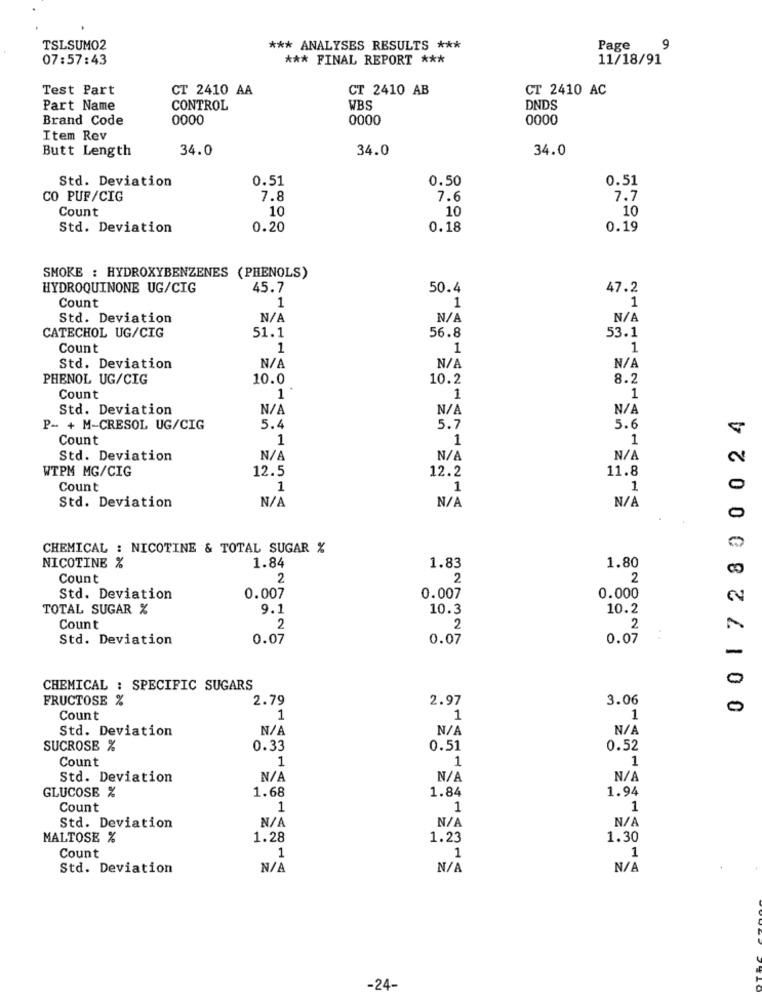
TSLSUMO2
*** ANALYSES RESULTS ***
Page
9
07:57:43
*** FINAL REPORT ***
11/18/91
Test Part
CT 2410 AA
CT 2410 AB
CT 2410 AC
Part Name
CONTROL
WBS
DNDS
Brand Code
0000
0000
0000
Item Rev
Butt Length
34.0
34.0
34.0
Std. Deviation
0.51
0.50
0.51
CO PUF/CIG
7.8
7.6
7.7
Count
10
10
10
Std. Deviation
0.20
0.18
0.19
SMOKE : HYDROXYBENZENES (PHENOLS)
HYDROQUINONE UG/CIG
45.7
50.4
47.2
Count
1
1
1
Std. Deviation
CATECHOL UG/CIG
51.1
56.8
53.1
Count
1
1
1
Std. Deviation
N/
PHENOL UG/CIG
10.0
10.2
8.2
Count
1
1
1
Std. Deviation
N/
0 0172800024
P- + M-CRESOL UG/CIG
5.4
5.7
5.6
Count
1
1
1
Std. Deviation
WTPM MG/CIG
12.5
12.2
11.8
Count
1
1
1
Std. Deviation
0
CHEMICAL : NICOTINE & TOTAL SUGAR %
NICOTINE %
1.84
1.83
1.80
Count
2
2
2
Std. Deviation
0.007
0.007
0.000
TOTAL SUGAR %
9.1
10.3
10.2
Count
2
2
2
Std. Deviation
0.07
0.07
0.07
..
0
CHEMICAL : SPECIFIC SUGARS
FRUCTOSE %
2.79
2.97
3.06
0
Count
1
1
1
Std. Deviation
SUCROSE %
0.33
0.51
0.52
Count
1
1
1
Std. Deviation
1.84
1.94
GLUCOSE %
1.68
Count
1
1
1
Std. Deviation
MALTOSE %
1.28
1.23
1.30
Count
1
1
1
Std. Deviation
-24-